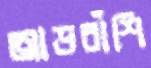
আড়বাঁশি